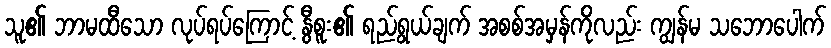
သူ၏ ဘာမထီသော လုပ်ရပ်ကြောင့် နွီစူး၏ ရည်ရွယ်ချက် အစစ်အမှန်ကိုလည်း ကျွန်မ သဘောပေါက်